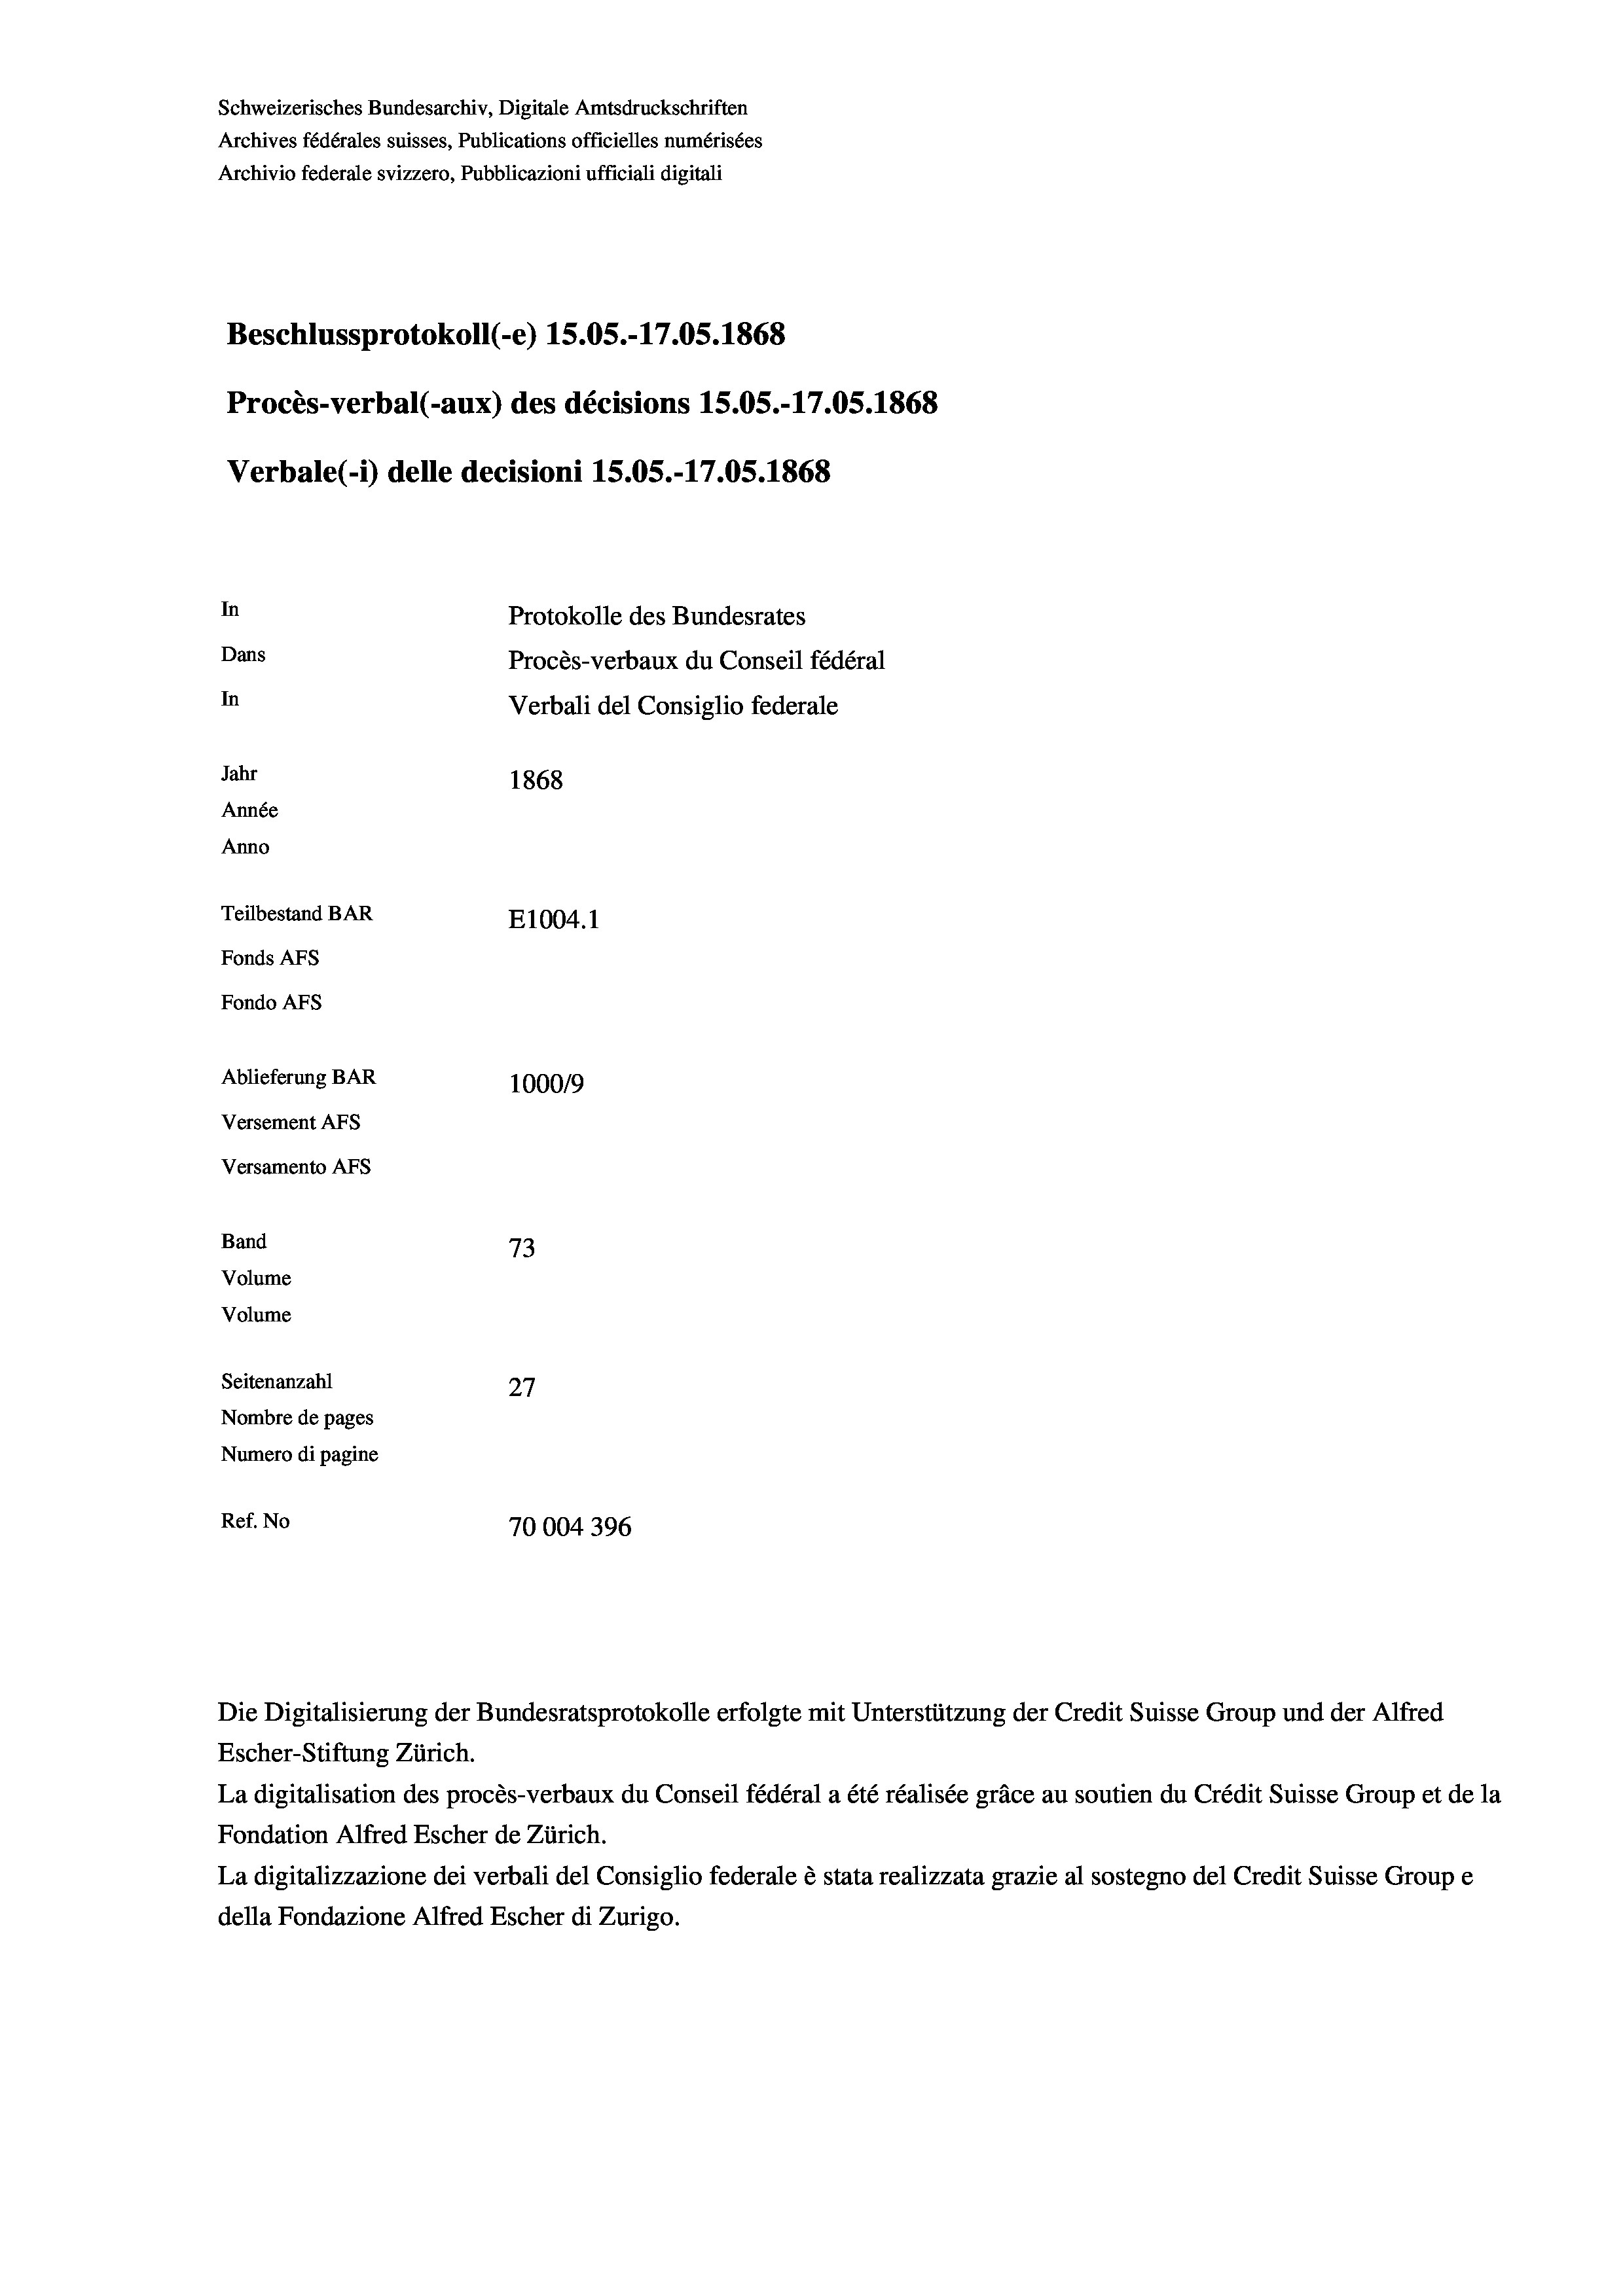
Schweizerisches Bundesarchiv, Digitale Amtsdruckschriften
Archives fédérales suisses, Publications officielles numérisées
Archivio federale svizzero, Pubblicazioni ufficiali digitali
Beschlussprotokoll (-e) 15.05.-17.05. 1868
Procès-verbal (-aux) des décisions 15.05.-17.05. 1868
Verbale(-*) delle decisioni 15.05.-17.05. 1868
In
Protokolle des Bundesrates
Dans
Procès-verbaux du Conseil fédéral
In
Verbali del Consiglio federale
Jahr
1868
Année
Anno
Teilbestand BAR
E1004. 1
Fonds AFs
Fondo Afs
Ablieferung BAR
100019
Versement AFs
Versamento AFs
Band
73
Volume
Volume
Seitenanzahl
27

Nombre de pages
Numero di pagine
Ref. No
70004396

Escher-Stiftung Zürich.

Die Digitalisierung der Bundesratsprotokolle erfolgte mit Unterstützung der Credit Suisse Group und der Alfred

La digitalisation des procès-verbaux du Conseil fédéral a été réalisée gräce au soutien du Crédit Suisse Group et de la
Fondation Alfred Escher de Zürich.
La digitalizzazione dei verbali del Consiglio federale è stata realizzata grazie al sostegno del Credit Suisse Groupe
della Fondazione Alfred Escher di Zurigo.